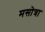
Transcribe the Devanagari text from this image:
मसोत्रा